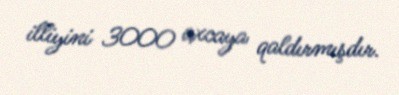
illiyini 3000 axcaya qaldırmışdır.